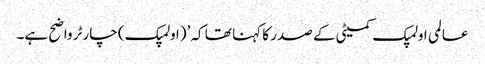
عالمی اولمپک کمیٹی کے صدر کا کہنا تھا کہ ’(اولمپک) چارٹر واضح ہے۔